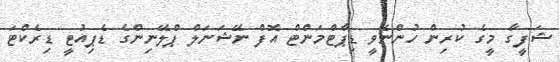
ޝަފީގާ މީގެ ކުރިން ހުންނެވީ ޑިޕާޓްމަންޓް އޮފް ނޭޝަނަލް ޕްލޭނިންގެ ޑެޕިއުޓީ ޑިރެކްޓަ